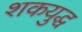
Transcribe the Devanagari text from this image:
शकयुद्ध